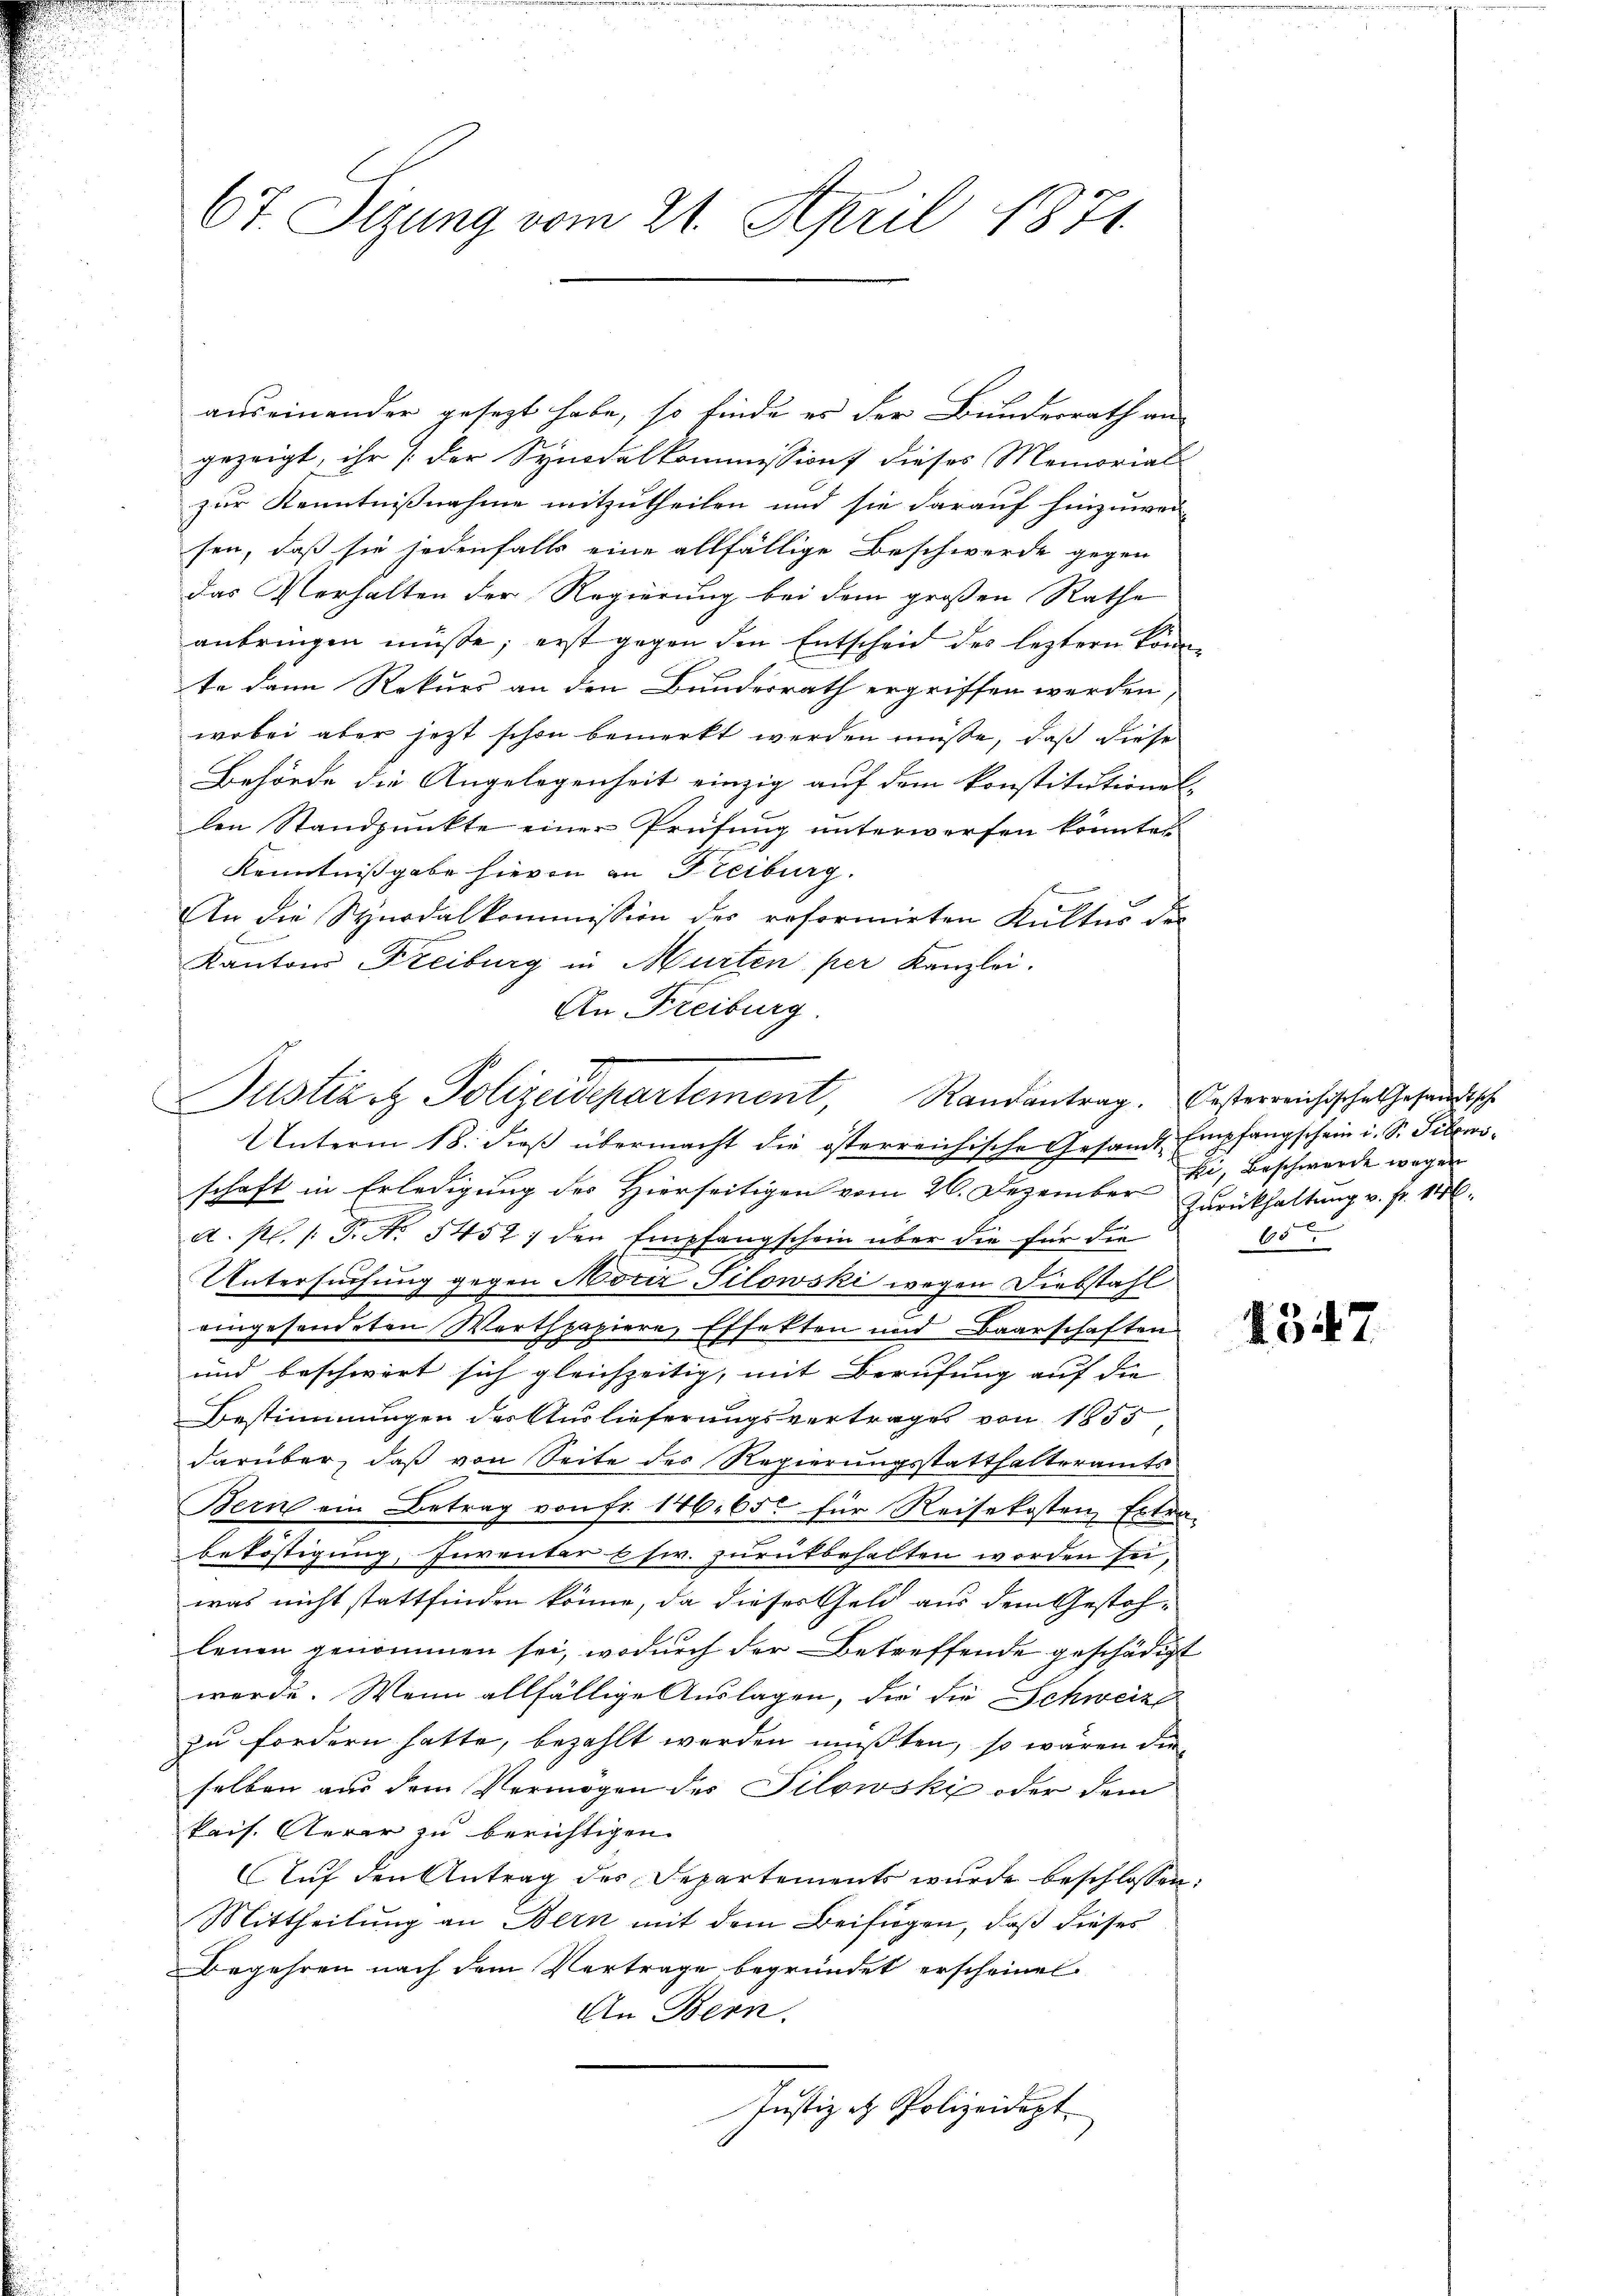
67. Sizung vom 21. April 1871

auseinender gesezt habe, so finde es der Bundesrath an
gezeigt, ihr [der Synodalkommission dieses Memoriali
zur Kenntnißnahme mitzutheilen und sie darauf hinzuwei-
sen, daß sie jedenfalls eine allfällige Beschwerde gegen
das Verhalten der Regierung bei dem großen Rathe
anbringen müsse; erst gegen den Entscheid des leztern könnte dann Rekurs an den Bundesrath ergriffen werden,
wobei aber jetzt schon bemerkt werden müsse, daß diese
Behörde die Angelegenheit einzig auf dem konstitutionel-
len Standpunkte einer Prüfung unterwerfen könnten
Kenntnißgabe hievon an Freiburg.
An die Synodalkommission der reformirten Kultus der
Kantons Freiburg in Murten per Kanzlei.
An Freiburg.

2
Dustiz & Polizeisepartement,

Unterm 18. dieβ übermacht die österreichische Gesandt Empfangschein u. S. Tibewoschaft in Erledigung des Hierseitigen vom 26. Dezember Zurückhaltung v. fr. 146.
A. P. /: P. Nr. 5452) den Empfangschein über die für die
Untersuchung gegen Notiz Silowski wegen Diebstahl
eingesendeten Werthpapiere, Effekten und Baarschaften
und beschwert sich gleichzeitig, mit Berufung auf die
Bestimmungen des Auslieferungsvertrages von 1855
darüber, daß von Seite des Regierungsstatthalteramts
Bern ein Betrag von Fr. 146. 650 für Reisekosten Extra-
beköstigung, Inventar usw. zurükbehalten worden sei,
was nicht stattfinden könne, da dieses Geld aus dem Gestohlenen genommen sei, wodurch der Betreffende geschädigt
werde. Wenn allfällige Auslagen, die die Schweize
zu fordern hatte, bezahlt werden mußten, so wären dieselben aus dem Vermögen der Silowsky oder dem
kais. Aerar zu berichtigen.
Auf den Antrag des Departements wurde beschlossen:
Mittheilung an Bern mit dem Beifügen, daß dieses
Begehren nach dem Vertrage begründet erscheinet
An Bern.
Justiz & Polizeidept.

Randantrag. Oesterreichische Gesandtsche
Ei, Beschwerde wegen
65

1347